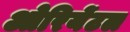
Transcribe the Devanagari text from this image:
ओरियेंटल